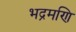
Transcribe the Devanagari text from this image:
भद्रमणि